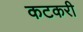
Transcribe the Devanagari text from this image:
कटकरी